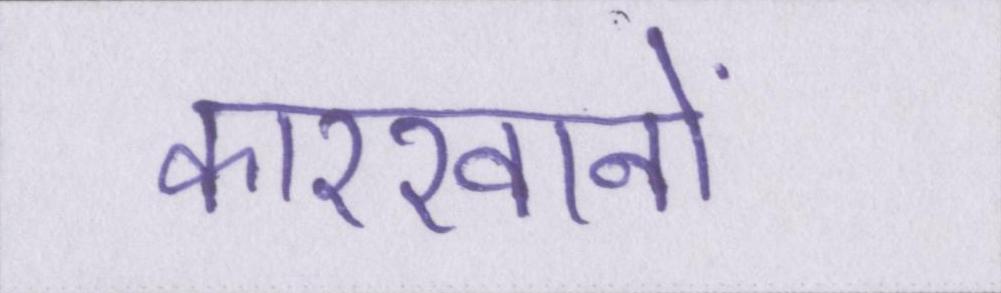
कारखानों